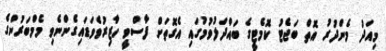
މިއަދު މެންދުރު އޮތް ބަޖެޓު ކޮމެޓީގެ ބައްދަލުވުމުގައި އެގޮތަށް ފާސްވީ ހާޒިރުވެވަޑައިގެންނެވި މެމްބަރުންގެ